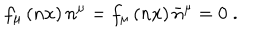
f _ { \mu } \left( n x \right) n ^ { \mu } = f _ { \mu } \left( n x \right) \bar { n } ^ { \mu } = 0 \; .